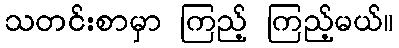
သတင်းစာမှာ ကြည့် ကြည့်မယ်။